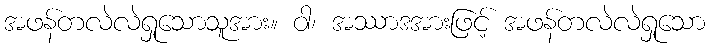
အဖန်တလဲလဲရှုသောသူအား။ ဝါ၊ အဿာဒအားဖြင့် အဖန်တလဲလဲရှုသော